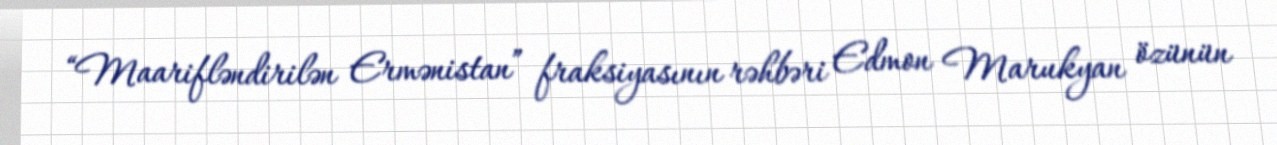
“Maarifləndirilən Ermənistan” fraksiyasının rəhbəri Edmon Marukyan özünün